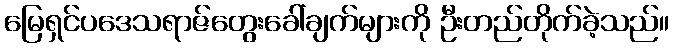
မြေရှင်ပဒေသရာဇ်တွေးခေါ်ချက်များကို ဦးတည်တိုက်ခဲ့သည်။